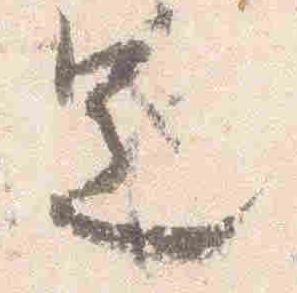
足